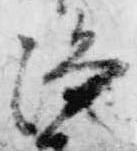
浄